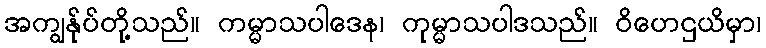
အကျွန်ုပ်တို့သည်။ ကမ္မာသပါဒေန၊ ကုမ္မာသပါဒသည်။ ဝိဟေဌယိမှာ၊